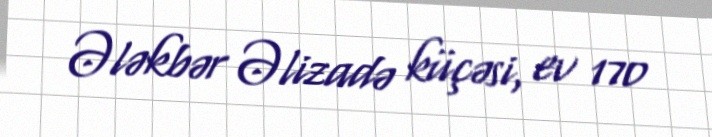
Ələkbər Əlizadə küçəsi, ev 170